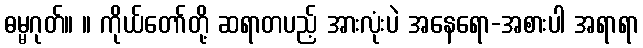
ဓမ္မဂုတ်။ ။ ကိုယ်တော်တို့ ဆရာတပည့် အားလုံးပဲ အနေရော-အစားပါ အရာရာ